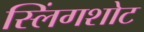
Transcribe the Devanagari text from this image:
स्लिंगशोट